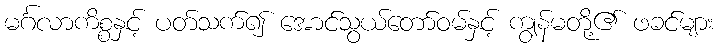
မင်္ဂလာကိစ္စနှင့် ပတ်သက်၍ အောင်သွယ်တော်ဝမ်နှင့် ကျွန်မတို့၏ ဖခင်များ